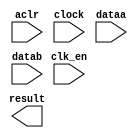
// megafunction wizard: %ALTFP_MULT%VBB%
// GENERATION: STANDARD
// VERSION: WM1.0
// MODULE: ALTFP_MULT 

// ============================================================
// Megafunction Name(s):
// 			ALTFP_MULT
//
// Simulation Library Files(s):
// 			lpm
// ============================================================
// ************************************************************
// THIS IS A WIZARD-GENERATED FILE. DO NOT EDIT THIS FILE!
//
// 18.0.0 Build 614 04/24/2018 SJ Lite Edition
// ************************************************************

//Copyright (C) 2018  Intel Corporation. All rights reserved.
//Your use of Intel Corporation's design tools, logic functions 
//and other software and tools, and its AMPP partner logic 
//functions, and any output files from any of the foregoing 
//(including device programming or simulation files), and any 
//associated documentation or information are expressly subject 
//to the terms and conditions of the Intel Program License 
//Subscription Agreement, the Intel Quartus Prime License Agreement,
//the Intel FPGA IP License Agreement, or other applicable license
//agreement, including, without limitation, that your use is for
//the sole purpose of programming logic devices manufactured by
//Intel and sold by Intel or its authorized distributors.  Please
//refer to the applicable agreement for further details.

module fp_mult (
	aclr,
	clk_en,
	clock,
	dataa,
	datab,
	result)/* synthesis synthesis_clearbox = 1 */;

	input	  aclr;
	input	  clk_en;
	input	  clock;
	input	[31:0]  dataa;
	input	[31:0]  datab;
	output	[31:0]  result;

endmodule

// ============================================================
// CNX file retrieval info
// ============================================================
// Retrieval info: LIBRARY: altera_mf altera_mf.altera_mf_components.all
// Retrieval info: PRIVATE: FPM_FORMAT STRING "Single"
// Retrieval info: PRIVATE: INTENDED_DEVICE_FAMILY STRING "Cyclone V"
// Retrieval info: CONSTANT: DEDICATED_MULTIPLIER_CIRCUITRY STRING "YES"
// Retrieval info: CONSTANT: DENORMAL_SUPPORT STRING "NO"
// Retrieval info: CONSTANT: EXCEPTION_HANDLING STRING "NO"
// Retrieval info: CONSTANT: INTENDED_DEVICE_FAMILY STRING "UNUSED"
// Retrieval info: CONSTANT: LPM_HINT STRING "UNUSED"
// Retrieval info: CONSTANT: LPM_TYPE STRING "altfp_mult"
// Retrieval info: CONSTANT: PIPELINE NUMERIC "11"
// Retrieval info: CONSTANT: REDUCED_FUNCTIONALITY STRING "NO"
// Retrieval info: CONSTANT: ROUNDING STRING "TO_NEAREST"
// Retrieval info: CONSTANT: WIDTH_EXP NUMERIC "8"
// Retrieval info: CONSTANT: WIDTH_MAN NUMERIC "23"
// Retrieval info: USED_PORT: aclr 0 0 0 0 INPUT NODEFVAL "aclr"
// Retrieval info: CONNECT: @aclr 0 0 0 0 aclr 0 0 0 0
// Retrieval info: USED_PORT: clk_en 0 0 0 0 INPUT NODEFVAL "clk_en"
// Retrieval info: CONNECT: @clk_en 0 0 0 0 clk_en 0 0 0 0
// Retrieval info: USED_PORT: clock 0 0 0 0 INPUT NODEFVAL "clock"
// Retrieval info: CONNECT: @clock 0 0 0 0 clock 0 0 0 0
// Retrieval info: USED_PORT: dataa 0 0 32 0 INPUT NODEFVAL "dataa[31..0]"
// Retrieval info: CONNECT: @dataa 0 0 32 0 dataa 0 0 32 0
// Retrieval info: USED_PORT: datab 0 0 32 0 INPUT NODEFVAL "datab[31..0]"
// Retrieval info: CONNECT: @datab 0 0 32 0 datab 0 0 32 0
// Retrieval info: USED_PORT: result 0 0 32 0 OUTPUT NODEFVAL "result[31..0]"
// Retrieval info: CONNECT: result 0 0 32 0 @result 0 0 32 0
// Retrieval info: GEN_FILE: TYPE_NORMAL fp_mult.v TRUE FALSE
// Retrieval info: GEN_FILE: TYPE_NORMAL fp_mult.qip TRUE FALSE
// Retrieval info: GEN_FILE: TYPE_NORMAL fp_mult.bsf TRUE TRUE
// Retrieval info: GEN_FILE: TYPE_NORMAL fp_mult_inst.v TRUE TRUE
// Retrieval info: GEN_FILE: TYPE_NORMAL fp_mult_bb.v TRUE TRUE
// Retrieval info: GEN_FILE: TYPE_NORMAL fp_mult.inc TRUE TRUE
// Retrieval info: GEN_FILE: TYPE_NORMAL fp_mult.cmp TRUE TRUE
// Retrieval info: LIB_FILE: lpm